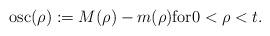
LaTeX: \begin{align*} \mbox{osc}(\rho):= M ( \rho ) - m ( \rho )\mbox{for} 0 < \rho <t.\end{align*}